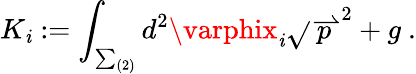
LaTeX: K_{\mathit{i}}:=\int_{\sum_{(2)}}d^{2}\varphix_{\mathit{i}}\sqrt{}{{\stackrel{\rightharpoonup}{p}^{2}+g}}\ .